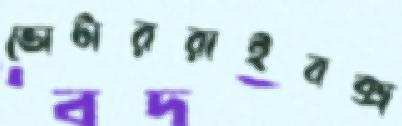
ভোটাররাইবক্স